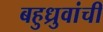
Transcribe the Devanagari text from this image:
बहुध्रुवांची